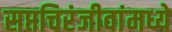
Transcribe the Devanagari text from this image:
सप्तचिरंजीवांमध्ये